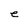
Character: e